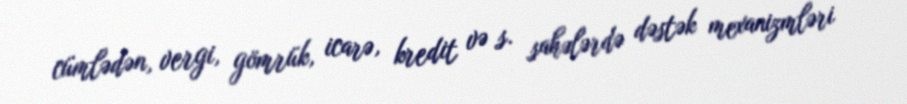
cümlədən, vergi, gömrük, icarə, kredit və s. sahələrdə dəstək mexanizmləri